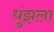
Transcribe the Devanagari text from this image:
धुंझला